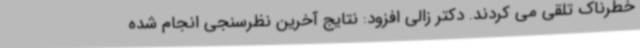
خطرناک تلقی می کردند. دکتر زالی افزود: نتایج آخرین نظرسنجی انجام شده